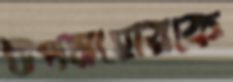
উপসংহারকে